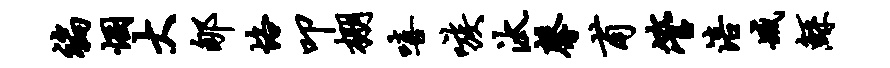
褊悃大郇恪叩棚嘻嗾汰馨甫管涪臧鲧